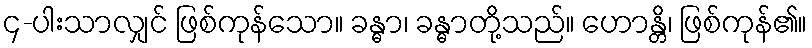
၄-ပါးသာလျှင် ဖြစ်ကုန်သော။ ခန္ဓာ၊ ခန္ဓာတို့သည်။ ဟောန္တိ၊ ဖြစ်ကုန်၏။